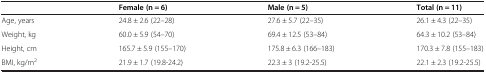
<table><thead><tr><td></td><td><b>Female (n = 6)</b></td><td><b>Male (n = 5)</b></td><td><b>Total (n = 11)</b></td></tr></thead><tbody><tr><td>Age, years</td><td>24.8 ± 2.6 (22–28)</td><td>27.6 ± 5.7 (22–35)</td><td>26.1 ± 4.3 (22–35)</td></tr><tr><td>Weight, kg</td><td>60.0 ± 5.9 (54–70)</td><td>69.4 ± 12.5 (53–84)</td><td>64.3 ± 10.2 (53–84)</td></tr><tr><td>Height, cm</td><td>165.7 ± 5.9 (155–170)</td><td>175.8 ± 6.3 (166–183)</td><td>170.3 ± 7.8 (155–183)</td></tr><tr><td>BMI, kg/m<sup>2</sup></td><td>21.9 ± 1.7 (19.8-24.2)</td><td>22.3 ± 3 (19.2-25.5)</td><td>22.1 ± 2.3 (19.2-25.5)</td></tr></tbody></table>